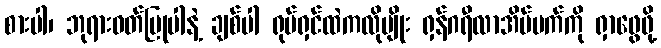
စားပါ၊ ဘုရားဝတ်ပြုပါနဲ့ ချစ်ပါ ရုပ်ရှင်ထဲကလိုမျိုး ရှန်ဂရီလာအိပ်မက်ကို ရှာဖွေဖို့